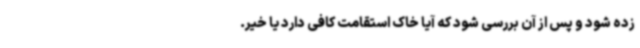
زده شود و پس از آن بررسی شود که آیا خاک استقامت کافی دارد یا خیر.